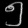
Digit: ၅